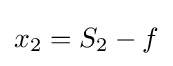
x_{2}=S_{2}-f